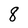
Character: 8